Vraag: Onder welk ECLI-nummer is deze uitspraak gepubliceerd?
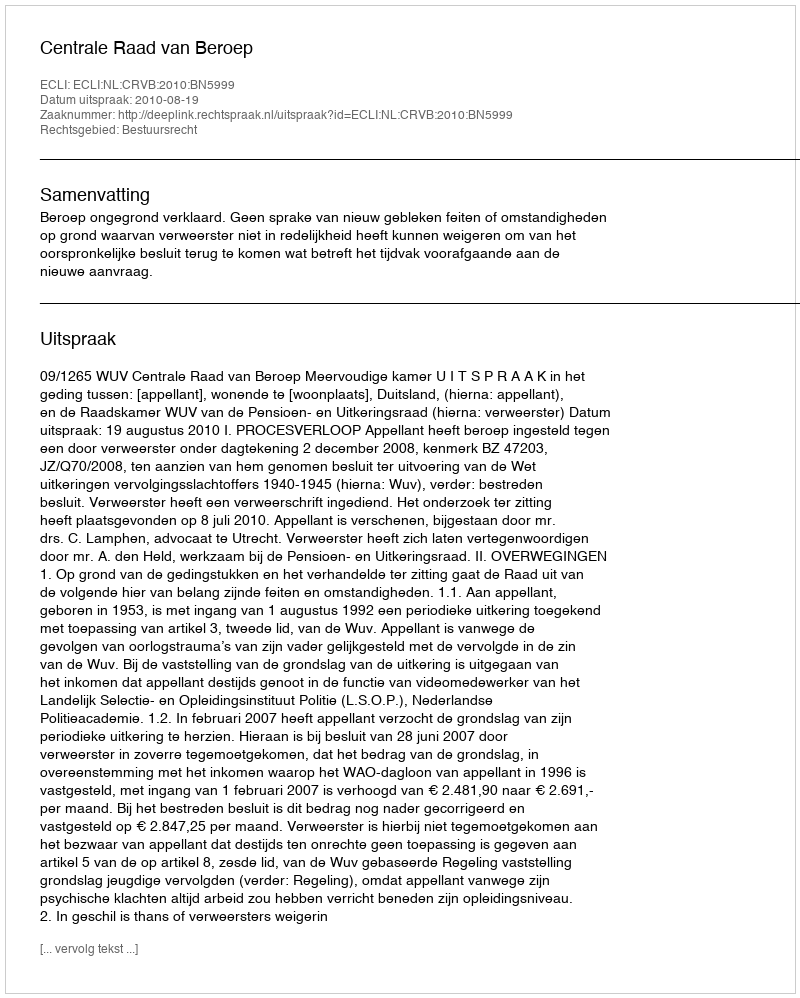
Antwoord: ECLI:NL:CRVB:2010:BN5999